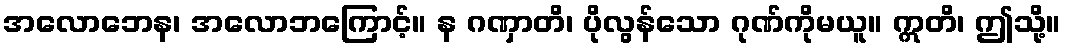
အလောဘေန၊ အလောဘကြောင့်။ န ဂဏှာတိ၊ ပိုလွန်သော ဂုဏ်ကိုမယူ။ ဣတိ၊ ဤသို့။